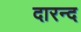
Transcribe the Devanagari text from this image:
दारन्द